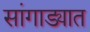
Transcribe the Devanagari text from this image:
सांगाड्यात